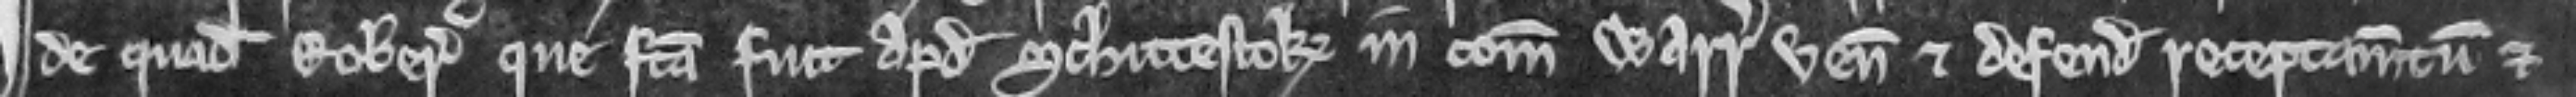
de quadam roberia que facta fuit apud Schittestok in comitatu Warr venit et defendit receptamentum et